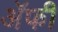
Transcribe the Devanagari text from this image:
अॅफी